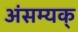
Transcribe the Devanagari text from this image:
अंसम्यक्